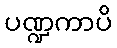
ပဏ္ဍကာပိ